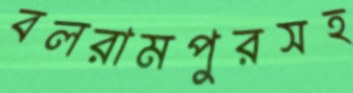
বলরামপুরসহ